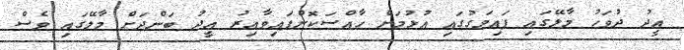
އީދު ދުވަހު މާލޭގައި ފައިމަގުގައި އުޅުމަށް ހާއްސަކޮށްފައިވާއިރު އީދު ބަންދަށް މާލޭގައި ވެސް